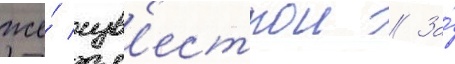
же́ изв'естнои // За́